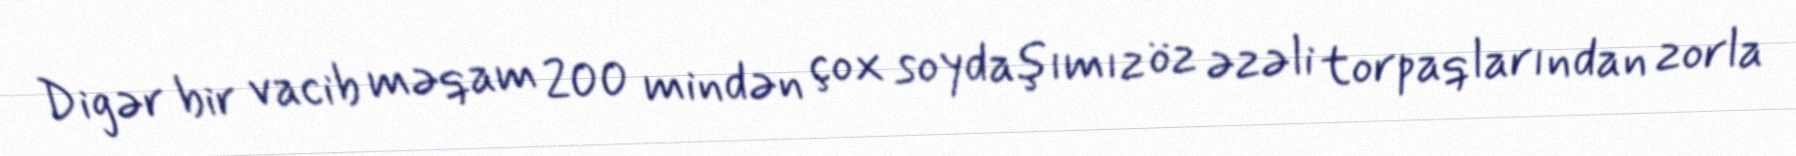
Digər bir vacib məqam 200 mindən çox soydaşımız öz əzəli torpaqlarından zorla